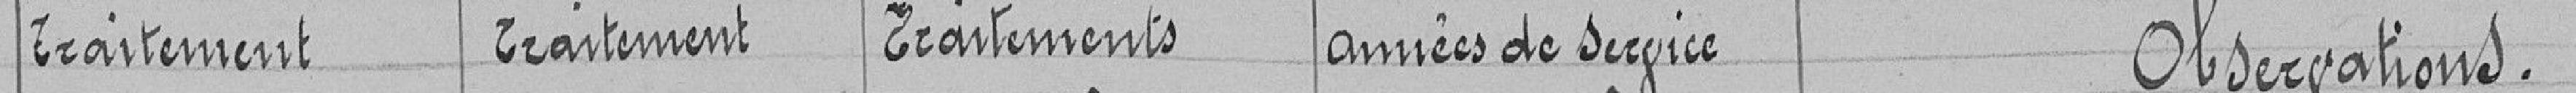
Traitement Traitement Traitements Années de service Observations